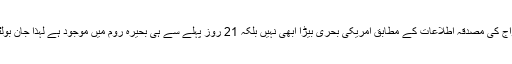
‘سنیئر ایرانی عہدیدار کا کہنا تھا کہ’ایران کی مسلح افواج کی مصدقہ اطلاعات کے مطابق امریکی بحری بیڑا ابھی نہیں بلکہ 21 روز پہلے سے ہی بحیرہ روم میں موجود ہے لہذا جان بولٹن کی حالیہ باتوں کا مقصد صرف پروپیگنڈہ کرنا ہے۔